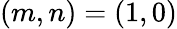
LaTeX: (m,n)=(1,0)